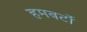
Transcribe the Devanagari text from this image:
हमबर्टो